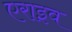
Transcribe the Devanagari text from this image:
एराइव